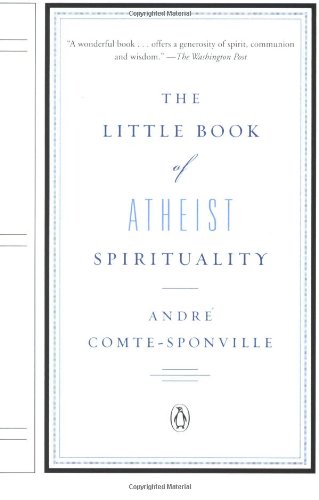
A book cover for The Little Book of Atheist Spirituality; Andre Comte-Sponville; Religion & Spirituality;